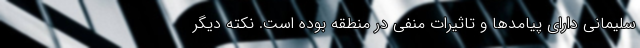
سلیمانی دارای پیامدها و تاثیرات منفی در منطقه بوده است. نکته دیگر